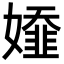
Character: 𡢭